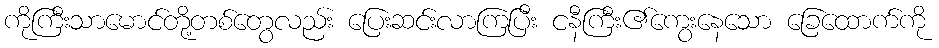
ကိုကြီးသာမောင်တို့တစ်တွေလည်း ပြေးဆင်းလာကြပြီး ငနီကြီး၏ကွေးနေသော ခြေထောက်ကို